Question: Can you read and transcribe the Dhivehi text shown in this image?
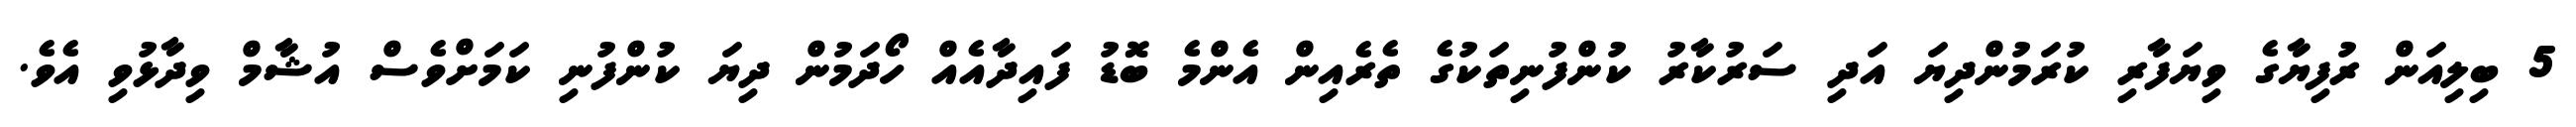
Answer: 5 ބިލިއަން ރުފިޔާގެ ވިޔަފާރި ކުރަމުންދިޔަ އަދި ސަރުކާރު ކުންފުނިތަކުގެ ތެރެއިން އެންމެ ބޮޑު ފައިދާއެއް ހޯދަމުން ދިޔަ ކުންފުނި ކަމަށްވެސް އުޝާމް ވިދާޅުވި އެވެ.